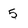
Character: 5